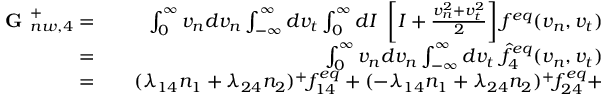
\begin{array} { r l r } { \textbf { G } _ { n w , 4 } ^ { + } = } & { { } } & { \int _ { 0 } ^ { \infty } v _ { n } d v _ { n } \int _ { - \infty } ^ { \infty } d v _ { t } \int _ { 0 } ^ { \infty } d I \ \left[ I + \frac { v _ { n } ^ { 2 } + v _ { t } ^ { 2 } } { 2 } \right] f ^ { e q } ( v _ { n } , v _ { t } ) } \\ { = } & { { } } & { \int _ { 0 } ^ { \infty } v _ { n } d v _ { n } \int _ { - \infty } ^ { \infty } d v _ { t } \ \hat { f } _ { 4 } ^ { e q } ( v _ { n } , v _ { t } ) } \\ { = } & { { } } & { ( \lambda _ { 1 4 } n _ { 1 } + \lambda _ { 2 4 } n _ { 2 } ) ^ { + } f _ { 1 4 } ^ { e q } + ( - \lambda _ { 1 4 } n _ { 1 } + \lambda _ { 2 4 } n _ { 2 } ) ^ { + } f _ { 2 4 } ^ { e q } + } \end{array}